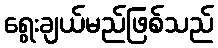
ရွေးချယ်မည်ဖြစ်သည်